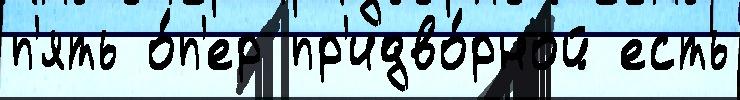
п'ять о́п'ер пр'идво́рной есть